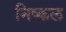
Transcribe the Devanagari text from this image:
निष्कल